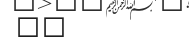
٧٨